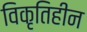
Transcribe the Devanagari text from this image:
विकृतिहीन